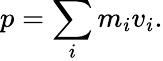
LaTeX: p=\sum_{i}m_{i}v_{i}.